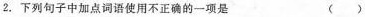
2.下列句子中加点词语使用不正确的一项是 ( )